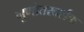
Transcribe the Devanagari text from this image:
गुणोत्तरदर्शक